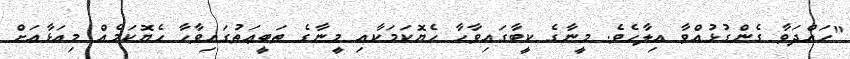
"ހައްދަވާ ގެންގުޅުއްވާ އިލާހެވެ. މީނާގެ ކީބާގައިވާހާ ހެޔޮކަމަކާއި މީނާގެ ޠަބީޢަތުގައިވާހާ ހެޔޮކަމެއް މިއަޅާއަށް